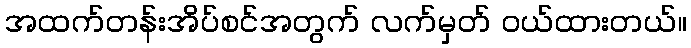
အထက်တန်းအိပ်စင်အတွက် လက်မှတ် ဝယ်ထားတယ်။